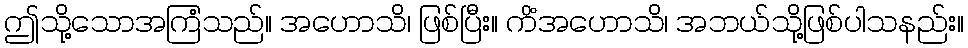
ဤသို့သောအကြံသည်။ အဟောသိ၊ ဖြစ်ပြီး။ ကိံအဟောသိ၊ အဘယ်သို့ဖြစ်ပါသနည်း။